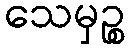
သေမှဉ္စ